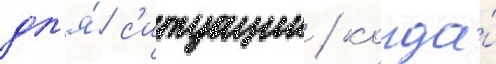
дл'я́ с'итуации / когда́